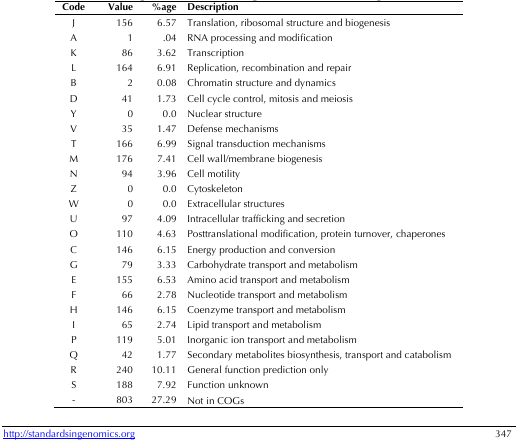
<table><thead><tr><td><b>Code</b></td><td><b>Value</b></td><td><b>%age</b></td><td><b>Description</b></td></tr></thead><tbody><tr><td>J</td><td>156</td><td>6.57</td><td>Translation, ribosomal structure and biogenesis</td></tr><tr><td>A</td><td>1</td><td>.04</td><td>RNA processing and modification</td></tr><tr><td>K</td><td>86</td><td>3.62</td><td>Transcription</td></tr><tr><td>L</td><td>164</td><td>6.91</td><td>Replication, recombination and repair</td></tr><tr><td>B</td><td>2</td><td>0.08</td><td>Chromatin structure and dynamics</td></tr><tr><td>D</td><td>41</td><td>1.73</td><td>Cell cycle control, mitosis and meiosis</td></tr><tr><td>Y</td><td>0</td><td>0.0</td><td>Nuclear structure</td></tr><tr><td>V</td><td>35</td><td>1.47</td><td>Defense mechanisms</td></tr><tr><td>T</td><td>166</td><td>6.99</td><td>Signal transduction mechanisms</td></tr><tr><td>M</td><td>176</td><td>7.41</td><td>Cell wall/membrane biogenesis</td></tr><tr><td>N</td><td>94</td><td>3.96</td><td>Cell motility</td></tr><tr><td>Z</td><td>0</td><td>0.0</td><td>Cytoskeleton</td></tr><tr><td>W</td><td>0</td><td>0.0</td><td>Extracellular structures</td></tr><tr><td>U</td><td>97</td><td>4.09</td><td>Intracellular trafficking and secretion</td></tr><tr><td>O</td><td>110</td><td>4.63</td><td>Posttranslational modification, protein turnover, chaperones</td></tr><tr><td>C</td><td>146</td><td>6.15</td><td>Energy production and conversion</td></tr><tr><td>G</td><td>79</td><td>3.33</td><td>Carbohydrate transport and metabolism</td></tr><tr><td>E</td><td>155</td><td>6.53</td><td>Amino acid transport and metabolism</td></tr><tr><td>F</td><td>66</td><td>2.78</td><td>Nucleotide transport and metabolism</td></tr><tr><td>H</td><td>146</td><td>6.15</td><td>Coenzyme transport and metabolism</td></tr><tr><td>I</td><td>65</td><td>2.74</td><td>Lipid transport and metabolism</td></tr><tr><td>P</td><td>119</td><td>5.01</td><td>Inorganic ion transport and metabolism</td></tr><tr><td>Q</td><td>42</td><td>1.77</td><td>Secondary metabolites biosynthesis, transport and catabolism</td></tr><tr><td>R</td><td>240</td><td>10.11</td><td>General function prediction only</td></tr><tr><td>S</td><td>188</td><td>7.92</td><td>Function unknown</td></tr><tr><td>-</td><td>803</td><td>27.29</td><td>Not in COGs</td></tr></tbody></table>